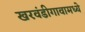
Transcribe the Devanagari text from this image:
खरवंडीगावामध्ये